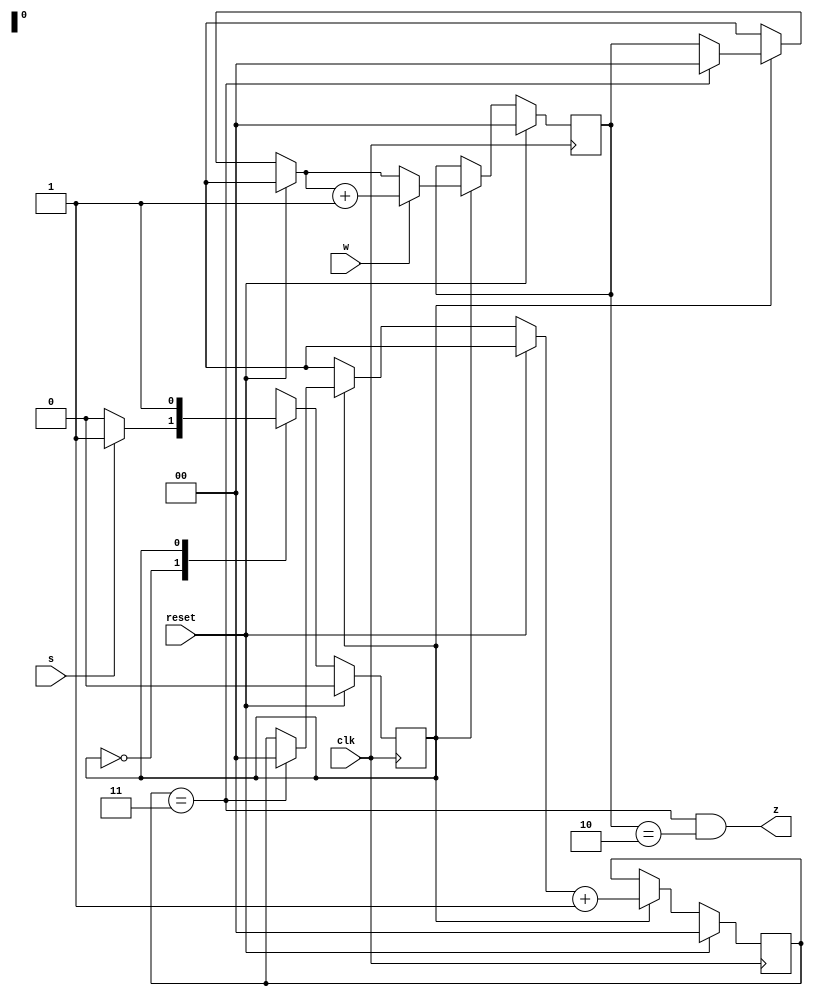
module top_module (
    input clk,
    input reset,   // Synchronous reset
    input s,
    input w,
    output z
);
    parameter A=1'b0,B=1'b1;
    reg ps,ns;
    reg [1:0] count1, count2 ;
    
    always@(*)begin
        case(ps)
            A: ns = s? B:A;
            B: ns = B;
            default: ns = A;
        endcase
    end
    
    always@(posedge clk)begin
        if(reset)begin
            ps <= A;
            count2 <= 2'd0;
            count1 <= 2'd0;
        end
        else begin 
            ps <= ns;
            
            if(ps == B)begin
                
                if(count1 == 2'd3)begin
                    count2 = 2'd0;
            		count1 = 2'd0;
                end
                
                count2 = w? count2+1:count2 ;
                count1 = count1+1;
               
            end
            
        end
    end
    
    assign z = ((count1 == 2'd3) & (count2 == 2'd2) );

endmodule